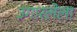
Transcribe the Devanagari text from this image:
उगारलेला